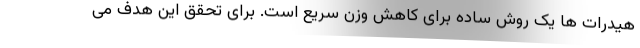
هیدرات ها یک روش ساده برای کاهش وزن سریع است. برای تحقق این هدف می